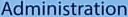
Administration